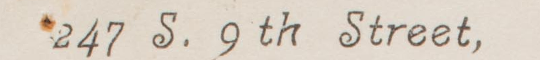
247 S. 9th Street,